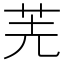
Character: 𠒌